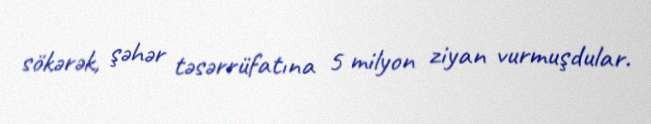
sökərək, şəhər təsərrüfatına 5 milyon ziyan vurmuşdular.